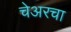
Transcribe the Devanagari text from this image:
चेअरचा